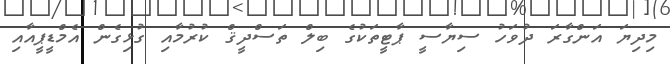
މިދިޔަ އަންގާރަ ދުވަހު ސިޔާސީ ޕާޓީތަކުގެ ބިލް ތަސްދީޤް ކުރުމާއި ގުޅިގެން އެމްޑީޕީއާއި